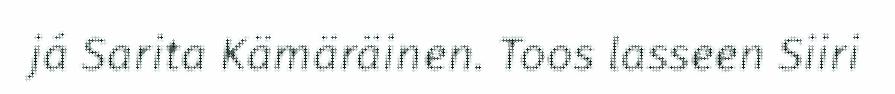
já Sarita Kämäräinen. Toos lasseen Siiri